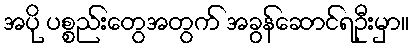
အပို ပစ္စည်းတွေအတွက် အခွန်ဆောင်ရဦးမှာ။